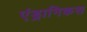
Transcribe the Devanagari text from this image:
एंड्रानिकस